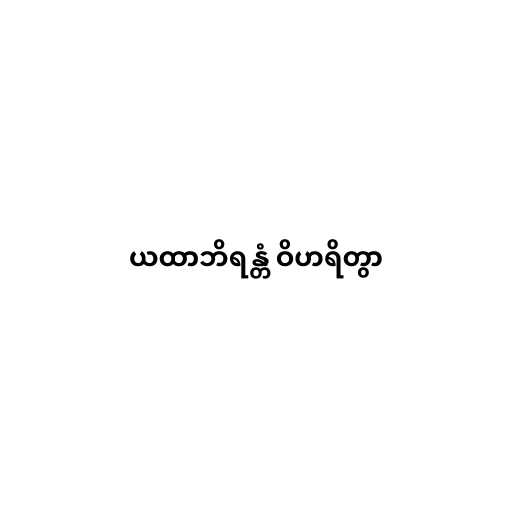
ယထာဘိရန္တံ ဝိဟရိတွာ